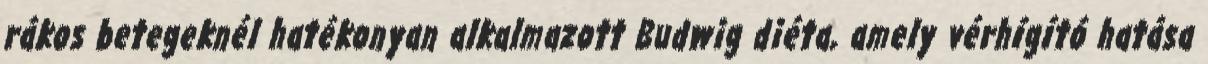
rákos betegeknél hatékonyan alkalmazott Budwig diéta, amely vérhígító hatása